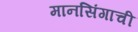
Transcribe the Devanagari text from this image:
मानसिंगाची